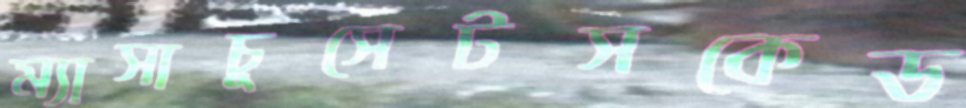
ম্যাসাচুসেটসকেড